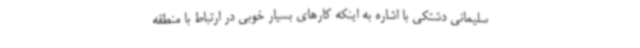
سلیمانی دشتکی با اشاره به اینکه کارهای بسیار خوبی در ارتباط با منطقه